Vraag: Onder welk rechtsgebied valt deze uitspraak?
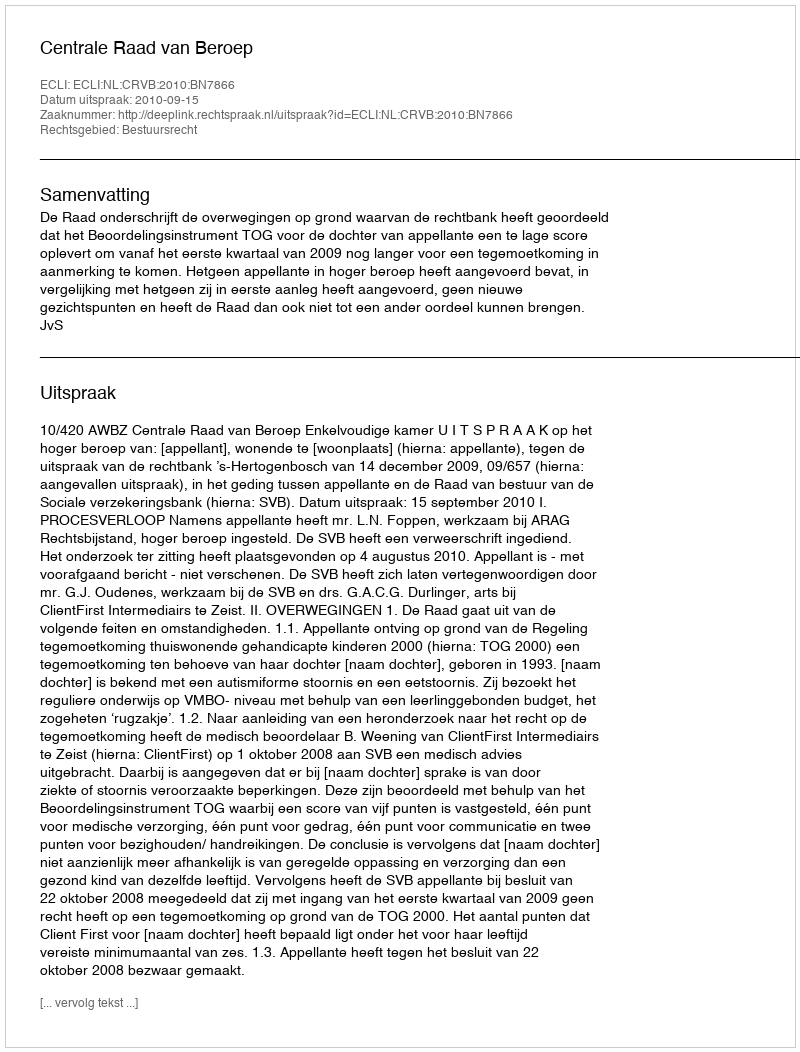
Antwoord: Bestuursrecht